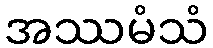
အဿမံသံ